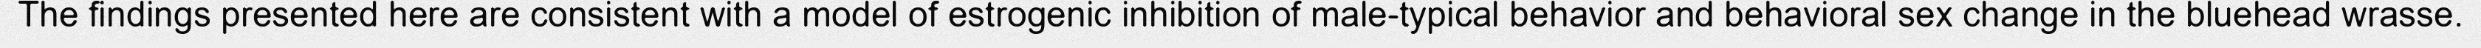
The findings presented here are consistent with a model of estrogenic inhibition of male-typical behavior and behavioral sex change in the bluehead wrasse.